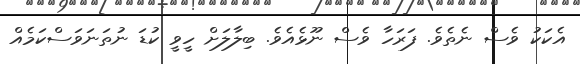
އެކަކު ވެސް ނެތެވެ. ފަރަހާ ވެސް ނޫޅެއެވެ. ބިލާލަށް ހީވީ ކުޑަ ނުތަނަވަސްކަމެއް